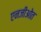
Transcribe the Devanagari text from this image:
एनजीओत